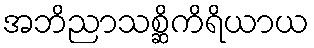
အဘိညာသစ္ဆိကိရိယာယ